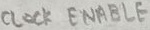
Text: CLOCK ENABLE